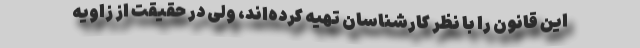
این قانون را با نظر کارشناسان تهیه کرده‌اند، ولی در حقیقت از زاویه